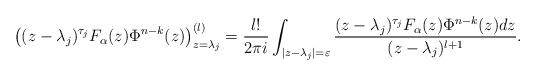
LaTeX: \begin{align*}\left( (z-\lambda_j)^{\tau_j}F_\alpha(z) \Phi^{n-k}(z) \right)^{(l)}_{z=\lambda_j}=\frac{l!}{2\pi i}\int_{|z-\lambda_j|=\varepsilon}\frac{(z-\lambda_j)^{\tau_j}F_\alpha(z) \Phi^{n-k}(z)dz}{(z-\lambda_j)^{l+1}}.\end{align*}